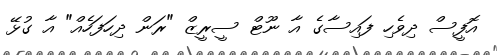
އޮފީސް ދިވެހި ފައިސާގެ އާ ނޫޓް ސީރީޒް "ރަން ދިހަފަހެއް" އާ ގުޅޭ